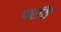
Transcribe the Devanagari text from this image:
परांठें